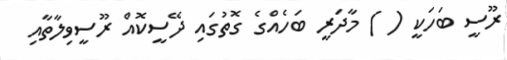
ރޫސީ ބަހަކީ ( ) މާދަރީ ބަހެއްގެ ގޮތުގައި ދޭސީކޮއް ރޫސީވިލާތާއި